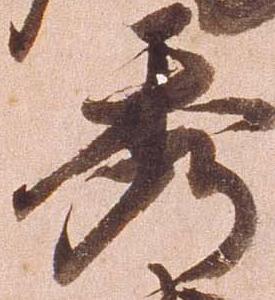
秀